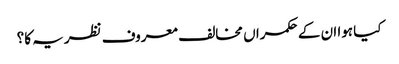
کیا ہوا ان کے حکمراں مخالف معروف نظریہ کا؟